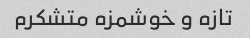
تازه و خوشمزه متشکرم